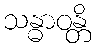
သန္ဓာဝန္တိ